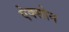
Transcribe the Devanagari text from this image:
ऐक्सोन